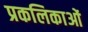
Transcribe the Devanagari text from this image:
प्रकलिकाओं